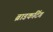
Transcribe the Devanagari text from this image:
ब्राडकटिंग